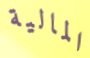
المالية